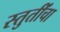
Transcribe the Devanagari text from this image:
स्तुतींचा